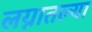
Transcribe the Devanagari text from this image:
लग्नातल्या